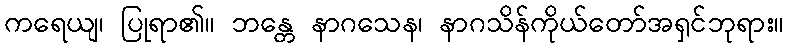
ကရေယျ၊ ပြုရာ၏။ ဘန္တေ နာဂသေန၊ နာဂသိန်ကိုယ်တော်အရှင်ဘုရား။